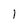
Character: 1